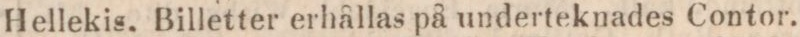
Hellekis. Billetter erhållas på underteknades Contor.